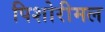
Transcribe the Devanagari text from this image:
पिशोरीमल